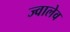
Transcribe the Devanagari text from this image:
ज्वालेव